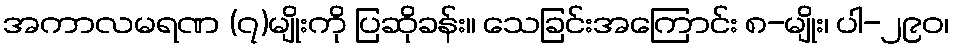
အကာလမရဏ (၇)မျိုးကို ပြဆိုခန်း။ သေခြင်းအကြောင်း ၈-မျိုး၊ ပါ-၂၉၀၊